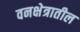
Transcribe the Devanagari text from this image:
वनक्षेत्रातील